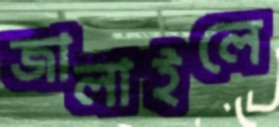
জালাইলে